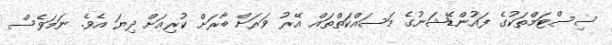
ސިސްޓަމްތަކުގެ ފައުންޑޭޝަނުގެ މަސައްކަތްތައް އޭރު ވަރަށް ބާރަށް ކުރިއަށް ދިޔަ އެވެ. ނަމަވެސް